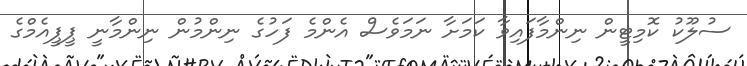
ސުލޫކު ކޮމިޓީން ނިންމާފައިވާ ކަމަށާ ނަމަވެސް އެންމެ ފަހުގެ ނިންމުން ނިންމާނީ ޕީޕީއެމްގެ